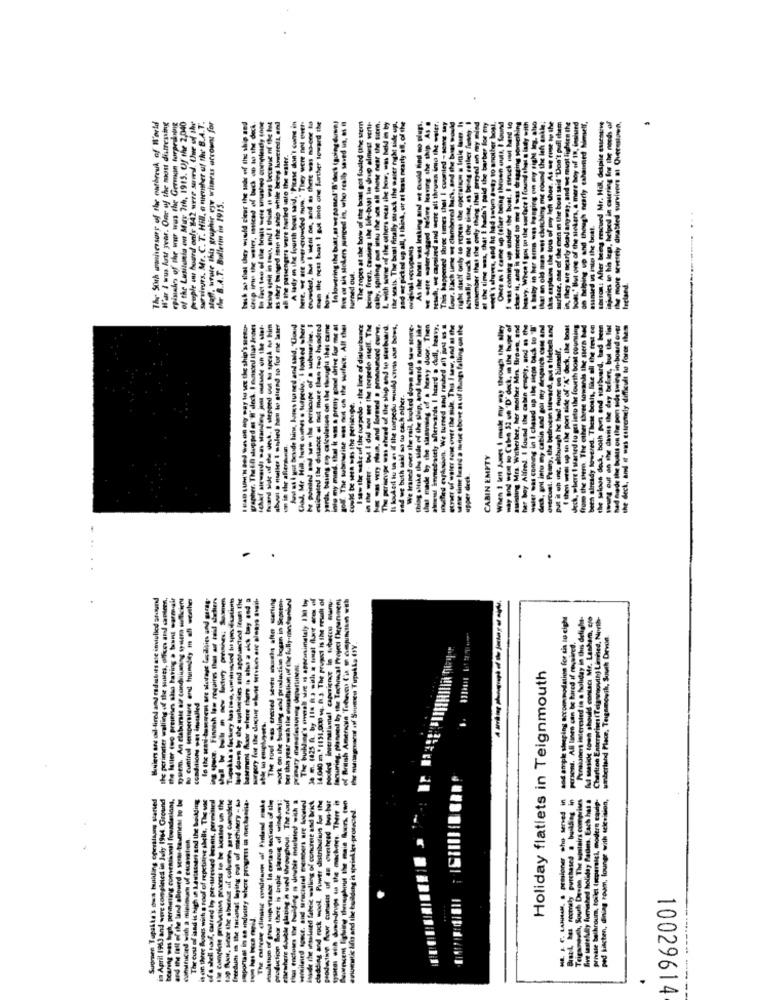
The Sorh waniversary of the ossbreuk of World
peuple an hourd only 242 were sumed. Une sf she
survivors. Mr. C. T. Hill, a member of the B.A.T.
W'ar I wus last year. One of the most distressing
risiko of the wur wus the German torprahabig
of the Lusitania on May 7th, 1915. Of the 2,040
saff, wrote this gruphir eye wirness ecrowns for
bask so that they would clear the sade off the ship and
being spint in tos, and I think it was because of the fut
as they banged inin the ship while being lowtidL, anul
A lady in the fourth boat said, "Picase don't cums in
here, og are wercrowded nuw " They were nel entt-
men the nest bout I put into one further toward the
Inlowering the bott, si we pamed'B'dech (going down)
five es sia stokers pimped in, who really saved ut, as #
The ropes at the bow of the boat got fouled (the tem
being free, causing the life-ban to drop elmest verti-
cally. spithing oss intu the sea all those near the site.
& with some of the others near the bow, was held in by
the seats. The best finally struck the waiet night tide up.
and ut picked up all, I think, or at least nearly all, of the
As the boss was Iesking and we could find no plugs.
------- - he ship As .
Besch, we capsized and were all throes imo the ester.
nearly cahaired himself.
TOR: After being rescued Mr. Hil, despite essentiwe
ries to his legs, helped in catering Ins the needs of
more severely diabled survivors at Querestown,
haut nearly af
ah the passengers were hierled into the water.
the B.A.T. Buallerin in 1915.
mird us into the boat
ochping up
turned out.
grapher. Theffi stopped as M'deck. I maisced this Jones
Ichkf sewards was Manding jona outside on the sier-
thand side of the dech. I stepped out ou speak to him
Aunvl as I got beside hins, lors turned and said, "Goud
God, Mr Hill, fre Gues . turpruh." I looked shere
he pointed and saw the pericupe of a submarine. I
- Ihr dotace el not more than two hundred
yardı, baring eny calculation on the thought that came
into my mind. that it was a preny gond drive for me at
goff. The tubewine was ned of the wifece, All the
I saw the sake of the torpedo - the line of disturbance
- - vy nam, and formed a pronounord curve.
The periscope was chend of the ship and to sterbuard.
It koukort tu us as if the torpedu would covas dur bons,
We Iraned over the rail, looked down and sw Sk-
thing oftake the side of the sip, and heerd a noise like
inmedately afterwards I heard a dudl, heavy,
sad we buth said so tu each other.
Could be sera mas the periserpe.
ton in the allergan.
CABIN EMPTY
upper deck.
.
.
.
Milers are oil-fired and radabits sse iniuliod stund
the perimeter walling of the posts, offes and candem,
the Haller too preinises also having a tunnt warmair
bu cuntruf temperature end humey in all worther
laid down to the authorities and applichied Tross the
basement fluor where there is also a eich toy and a
The roof sas chesed seven musst after starting
work on the buskling and production began in Sepstor
The building's ovnal sire is appenimately 130 by
Je m. 1425 f. by lin fra with i tomat floor ere of
14.010 m. º 1131,000 wq. B.). The propst is the result of
lecturing. planned try the Technical Project fiepenseni
od ample sleeping accommodation for six to eight
Persiones interested in a holiday in this delight-
Mr. Lashem, tro
Charlton Enterprises ( Teig wovib) Limited, North-
persons. All linen can be tired if required.
winbertand Place, Teignmowih, South Drvon
Holiday flatlets in Teignmouth
conditions was installed
Duen. An claburai
Tapikke's des mulling cherslaars started
in April 1980 and were completed in July 1964. Ground
and the fall of the land alourd a seraus-basement to be
The cus of land is high in Lastassens and the building
of a stell saf, cared to pre-tressed brems, permitted
freedun in the tacional laying pont of machinery - ta
sportast in es industry where progress in mechanita-
The extreme clinic condown of Finland -...
modation of great sup ranor, In certain sections of Ily
production Boor there is anple glazen of windows:
Isewhere double slating in used throughout. The soul
hus mctowes Er building is double intelned with a
mileied sonst, and saraciarel members are located
side the weselused fabric walling of concrete and Ikt
fadding and rock wool Power distribution for the
odestion Bour consius uf an overhead bwv-har
yata with duwn-drugs do the machen. There is
wncent Igluing thanphout the main Soon two
Teigamouth, South Devon. The upstairs comprises
five tastefully furnished holiday Packets. Each hat a
ped kitchen, dining room, lounge with television,
tearing was high, permeting convensamal foundations,
is on three Boots with a roof of repetitive shells. The use
tap AhAH, siner the shoesat sif columnes saw complete
enomatic Ifis and the holding is sprinkles-protected
5
private bathroom, toilet (parici, modern caidp-
Cahitucied with a minimum uf excavation.
.
10029614